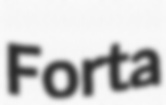
Forta